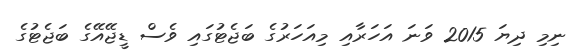
ނިމި ދިޔަ 2015 ވަނަ އަހަރާއި މިއަހަރުގެ ބަޖެޓުގައި ވެސް ޑީޖޭއޭގެ ބަޖެޓުގެ